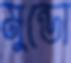
মুন্ডো